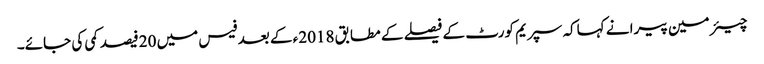
چیئر مین پیرا نے کہاکہ سپریم کورٹ کے فیصلے کے مطابق 2018ء کے بعد فیس میں 20فیصد کمی کی جائے۔